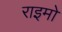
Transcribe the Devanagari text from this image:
राइमो